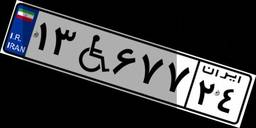
۱۹W۵۰۷۹۴